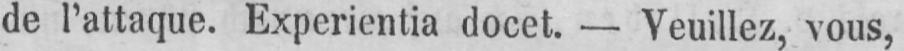
de l’attaque. Experientia docet. - Veuillez, vous,